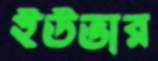
ইউভার